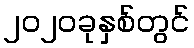
၂၀၂၀ခုနှစ်တွင်